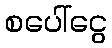
စပေါ်ငွေ